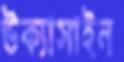
উক্যাসাইন